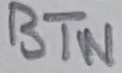
Text: BTN